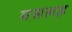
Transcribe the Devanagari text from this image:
मसलह